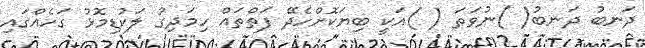
ދަނބު ދަނބު( )ނުވަތަ ( )އަކީ ބިޔަކޮށްހެދޭ ފަތްތައް ހިމަދިގު ލަކުޑިމޮޅު ގަހެއްގައި